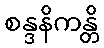
စန္ဒနိကန္တိ